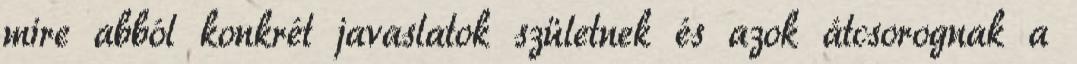
mire abból konkrét javaslatok születnek és azok átcsorognak a